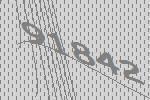
91842